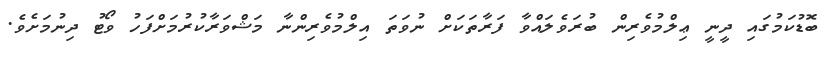
ބޮޑުކަމުގައި ދީނީ ޢިލްމުވެރިން ބުރަވެލައްވާ ފަރާތަކަށް ނުވަތަ އިލްމުވެރިންނާ މަޝްވަރާކުރުމަށްފަހު ވޯޓު ދިނުމަށެވެ.